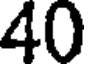
40